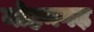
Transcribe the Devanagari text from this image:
मोहनगढ़